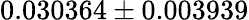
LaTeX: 0.030364\pm 0.003939